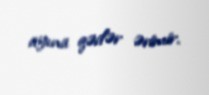
ayına qədər ərimir.